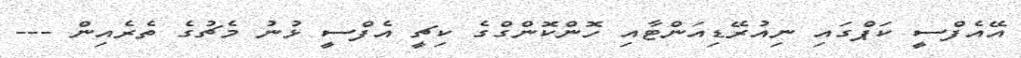
އޭއެފްސީ ކަޕްގައި ނިއުރޭޑިއަންޓާއި ހޮންކޮންގްގެ ކިޗީ އެފްސީ ޅުނު މެޗުގެ ތެރެއިން ---